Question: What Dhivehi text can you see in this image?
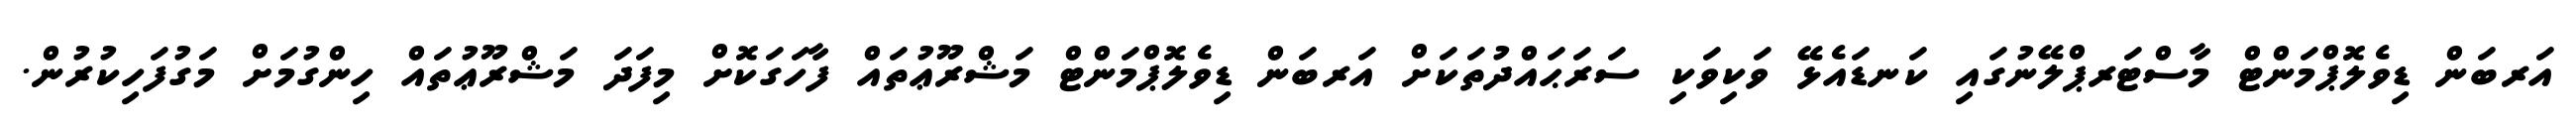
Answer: އަރބަން ޑިވެލޮޕްމަންޓް މާސްޓަރޕްލޭނުގައި ކަނޑައެޅޭ ވަކިވަކި ސަރަޙައްދުތަކަށް އަރބަން ޑިވެލޮޕްމަންޓް މަޝްރޫޢުތައް ފާހަގަކޮށް މިފަދަ މަޝްރޫޢުތައް ހިންގުމަށް މަގުފަހިކުރުން.